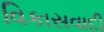
વિકાસવાદી